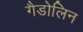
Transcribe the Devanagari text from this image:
गैडोलिन